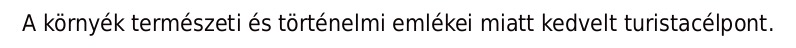
A környék természeti és történelmi emlékei miatt kedvelt turistacélpont.